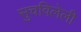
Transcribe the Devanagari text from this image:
सुचविलेली